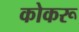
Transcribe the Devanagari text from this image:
कोकरू